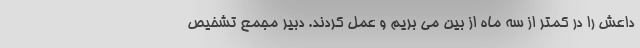
داعش را در کمتر از سه ماه از بین می بریم و عمل کردند. دبیر مجمع تشخیص